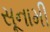
સૂનામી